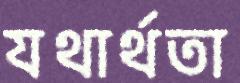
যথার্থতা